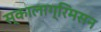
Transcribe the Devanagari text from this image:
स्कालाग्रिमसन